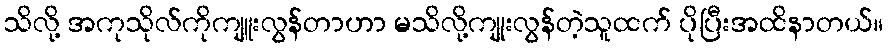
သိလို့ အကုသိုလ်ကိုကျူးလွန်တာဟာ မသိလို့ကျုးလွန်တဲ့သူထက် ပိုပြီးအထိနာတယ်။